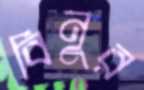
বিনুর